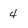
Character: 4